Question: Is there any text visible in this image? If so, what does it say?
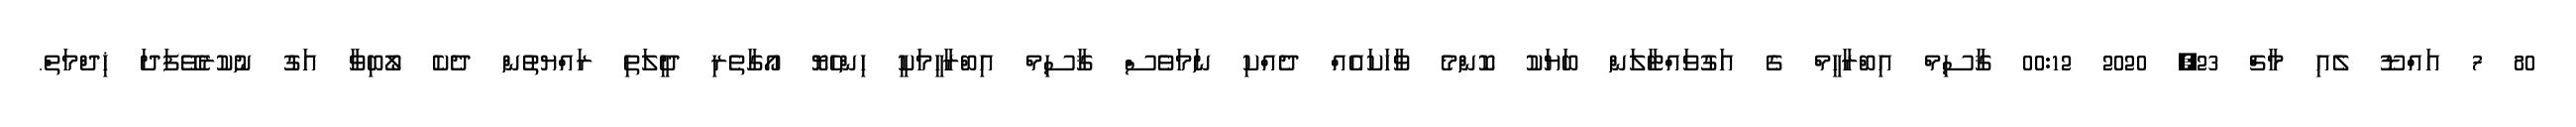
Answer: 80 7 އައްޑޫ ލެއި މާޗް 23, 2020 00:12 ޤާސިމް އިބްރާހީމް ގެ އަގުވައްޓާލަން ބަޔަކު ކޮންމެ ވާހަކައެއް ދެއްކި ނަމަވެސް ޤާސިމް އިބްރާހީމަކީ ހިންހެޔޮ އޯގާތެރި ދީލަތި ރައްޔތުން ދެކެ ލޯބިވާ އަގު ނުކުރެވޭފަދަ ޚިދްމަތް.